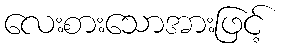
လေးစားသောအားဖြင့်